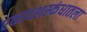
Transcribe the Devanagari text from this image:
एकादशस्‍कंधातला